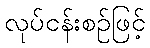
လုပ်ငန်းစဉ်ဖြင့်